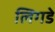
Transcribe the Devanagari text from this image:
लिगडे